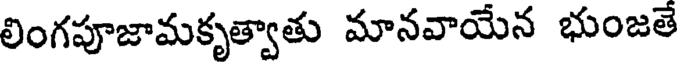
లింగపూజామకృత్వాతు మానవాయేన భుంజతే